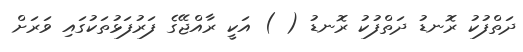
ދަތްފުކު ރޮނޑު ދަތްފުކު ރޮނޑު ( ) އަކީ ރާއްޖޭގެ ފަރުފަޅުތަކުގައި ވަރަށް